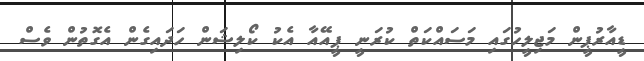
ޑީއާރުޕީން މަޖިލީހުގައި މަސައްކަތް ކުރަނީ ޕީއޭއާ އެކު ކޯލިޝަން ހަދައިގެން އެގޮތުން ވެސް